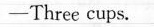
—Three cups.